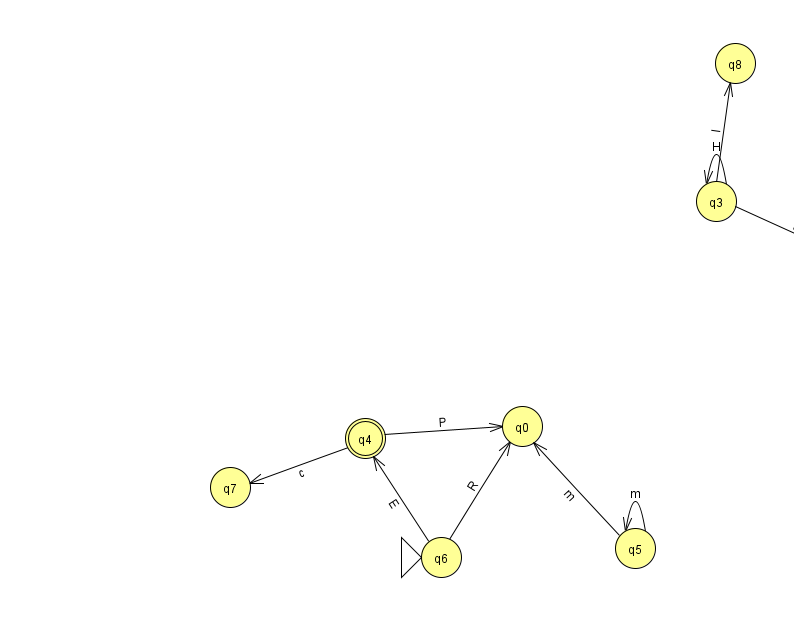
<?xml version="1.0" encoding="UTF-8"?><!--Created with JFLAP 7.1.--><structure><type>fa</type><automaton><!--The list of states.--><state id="0" name="q0"><x>522.0</x><y>413.0</y></state><state id="1" name="q1"><x>900.0</x><y>404.0</y></state><state id="2" name="q2"><x>867.0</x><y>255.0</y></state><state id="3" name="q3"><x>716.0</x><y>188.0</y></state><state id="4" name="q4"><x>365.0</x><y>425.0</y><final/></state><state id="5" name="q5"><x>635.0</x><y>535.0</y></state><state id="6" name="q6"><x>441.0</x><y>544.0</y><initial/></state><state id="7" name="q7"><x>230.0</x><y>474.0</y></state><state id="8" name="q8"><x>735.0</x><y>50.0</y></state><!--The list of transitions.--><transition><from>6</from><to>0</to><read>R</read></transition><transition><from>1</from><to>2</to><read>Q</read></transition><transition><from>1</from><to>1</to><read>e</read></transition><transition><from>3</from><to>3</to><read>H</read></transition><transition><from>3</from><to>2</to><read>t</read></transition><transition><from>3</from><to>8</to><read>I</read></transition><transition><from>4</from><to>0</to><read>P</read></transition><transition><from>5</from><to>0</to><read>m</read></transition><transition><from>6</from><to>4</to><read>E</read></transition><transition><from>5</from><to>5</to><read>m</read></transition><transition><from>4</from><to>7</to><read>c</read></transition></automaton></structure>